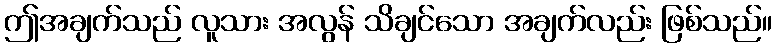
ဤအချက်သည် လူသား အလွန် သိချင်သော အချက်လည်း ဖြစ်သည်။